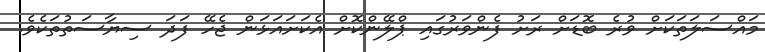
މައްސަލަތަކަށް ވުރެ ބޮޑަށް ރަށު ފެންވަރުގައި ޕްލޭންކޮށް އެކަށައަޅަން ޖެހޭ ފަދަ ސިޔާސަތުތަކެވެ.